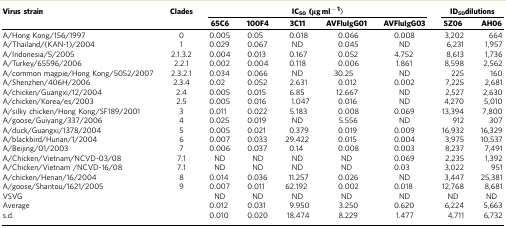
<table><thead><tr><td><b>Virus strain</b></td><td><b>Clades</b></td><td colspan="5"><b>IC<sub>50</sub>(μg ml<sup>−1</sup>)</b></td><td colspan="2"><b>ID<sub>50</sub>dilutions</b></td></tr><tr><td><b> </b></td><td><b> </b></td><td><b>65C6</b></td><td><b>100F4</b></td><td><b>3C11</b></td><td><b>AVFluIgG01</b></td><td><b>AVFluIgG03</b></td><td><b>SZ06</b></td><td><b>AH06</b></td></tr></thead><tbody><tr><td>A/Hong Kong/156/1997</td><td>0</td><td>0.005</td><td>0.05</td><td>0.018</td><td>0.066</td><td>0.008</td><td>3,202</td><td>664</td></tr><tr><td>A/Thailand/(KAN-1)/2004</td><td>1</td><td>0.029</td><td>0.067</td><td>ND</td><td>0.045</td><td>ND</td><td>6,231</td><td>1,957</td></tr><tr><td>A/Indonesia/5/2005</td><td>2.1.3.2</td><td>0.004</td><td>0.013</td><td>0.167</td><td>0.052</td><td>4.752</td><td>8,613</td><td>1,736</td></tr><tr><td>A/Turkey/65596/2006</td><td>2.2.1</td><td>0.002</td><td>0.004</td><td>0.118</td><td>0.006</td><td>1.861</td><td>8,598</td><td>2,562</td></tr><tr><td>A/common magpie/Hong Kong/5052/2007</td><td>2.3.2.1</td><td>0.034</td><td>0.066</td><td>ND</td><td>30.25</td><td>ND</td><td>225</td><td>160</td></tr><tr><td>A/Shenzhen/406H/2006</td><td>2.3.4</td><td>0.02</td><td>0.052</td><td>2.631</td><td>0.012</td><td>0.002</td><td>7,225</td><td>2,681</td></tr><tr><td>A/chicken/Guangxi/12/2004</td><td>2.4</td><td>0.005</td><td>0.015</td><td>6.85</td><td>12.667</td><td>ND</td><td>2,527</td><td>2,630</td></tr><tr><td>A/chicken/Korea/es/2003</td><td>2.5</td><td>0.005</td><td>0.016</td><td>1.047</td><td>0.016</td><td>ND</td><td>4,270</td><td>5,010</td></tr><tr><td>A/silky chicken/Hong Kong/SF189/2001</td><td>3</td><td>0.011</td><td>0.022</td><td>5.183</td><td>0.008</td><td>0.069</td><td>13,394</td><td>7,800</td></tr><tr><td>A/goose/Guiyang/337/2006</td><td>4</td><td>0.025</td><td>0.019</td><td>ND</td><td>5.556</td><td>ND</td><td>912</td><td>307</td></tr><tr><td>A/duck/Guangxi/1378/2004</td><td>5</td><td>0.005</td><td>0.021</td><td>0.379</td><td>0.019</td><td>0.009</td><td>16,932</td><td>16,329</td></tr><tr><td>A/blackbird/Hunan/1/2004</td><td>6</td><td>0.007</td><td>0.033</td><td>29.422</td><td>0.015</td><td>0.004</td><td>3,975</td><td>10,537</td></tr><tr><td>A/Beijing/01/2003</td><td>7</td><td>0.006</td><td>0.037</td><td>0.14</td><td>0.008</td><td>0.003</td><td>8,237</td><td>7,491</td></tr><tr><td>A/Chicken/Vietnam/NCVD-03/08</td><td>7.1</td><td>ND</td><td>ND</td><td>ND</td><td>ND</td><td>0.069</td><td>2,235</td><td>1,392</td></tr><tr><td>A/Chicken/Vietnam /NCVD-16/08</td><td>7.1</td><td>ND</td><td>ND</td><td>ND</td><td>ND</td><td>0.03</td><td>3,022</td><td>951</td></tr><tr><td>A/chicken/Henan/16/2004</td><td>8</td><td>0.014</td><td>0.036</td><td>11.257</td><td>0.026</td><td>ND</td><td>3,447</td><td>25,381</td></tr><tr><td>A/goose/Shantou/1621/2005</td><td>9</td><td>0.007</td><td>0.011</td><td>62.192</td><td>0.002</td><td>0.018</td><td>12,768</td><td>8,681</td></tr><tr><td>VSVG</td><td> </td><td>ND</td><td>ND</td><td>ND</td><td>ND</td><td>ND</td><td>ND</td><td>ND</td></tr><tr><td>Average</td><td> </td><td>0.012</td><td>0.031</td><td>9.950</td><td>3.250</td><td>0.620</td><td>6,224</td><td>5,663</td></tr><tr><td>s.d.</td><td> </td><td>0.010</td><td>0.020</td><td>18.474</td><td>8.229</td><td>1.477</td><td>4,711</td><td>6,732</td></tr></tbody></table>